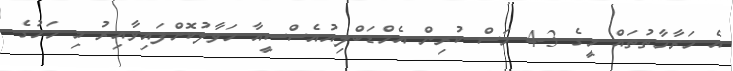
އެ މަރާމާތުތައް މީގެ 3-4 މަސް ކުރިން އެމްޑަބްލިއުއެސްސީއާ ހަވާލުކޮށްފައިވާއިރު މި މަހުގެ